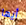
أيها